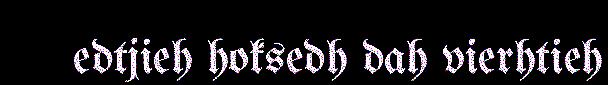
edtjieh hoksedh dah vierhtieh